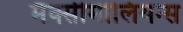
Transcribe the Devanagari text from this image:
मैक्सीमीलियन्स